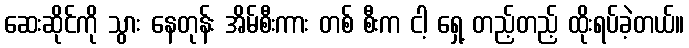
ဆေးဆိုင်ကို သွား နေတုန်း အိမ်စီးကား တစ် စီးက ငါ့ ရှေ့ တည့်တည့် ထိုးရပ်ခဲ့တယ်။